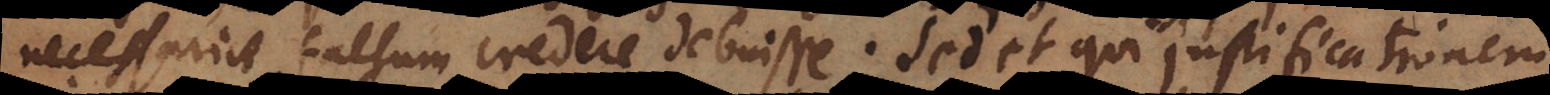
necessarie falsum credere debuisse. Sed et qui justificationem